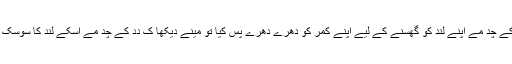
اؤر دِدِ کے چُد مے اَپنے لُند کو گھُسنے کے لِیے اَپنے کمر کو دھِرے دھِرے پُس کِیا تو مینے دیکھا کِ دِدِ کے چُد مے اُسکے لُند کا سوسک چلا گیا۔